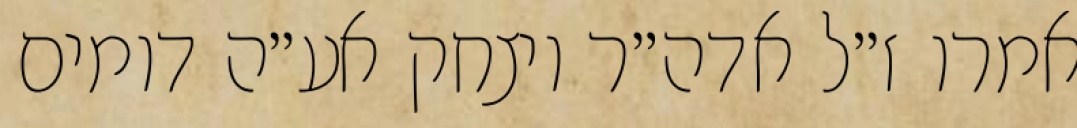
אמרו ז״ל אדה״ר ויצחק אע״ה דומים